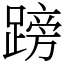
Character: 䠙